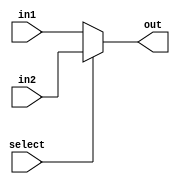
`timescale 1ns / 1ps
//////////////////////////////////////////////////////////////////////////////////
// Company:
// Engineer:
//
// Design Name:
// Module Name: mux
// Project Name:
// Target Devices:
// Tool Versions:
// Description:
//
// Dependencies:
//
// Revision:
// Revision 0.01 - File Created
// Additional Comments:
//
//////////////////////////////////////////////////////////////////////////////////


module mux( out,in1, in2, select);
    input [7:0] in1;
    input [7:0] in2;
    input select;
    output [7:0] out;
    assign out = select ? in2 : in1;
endmodule